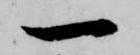
一